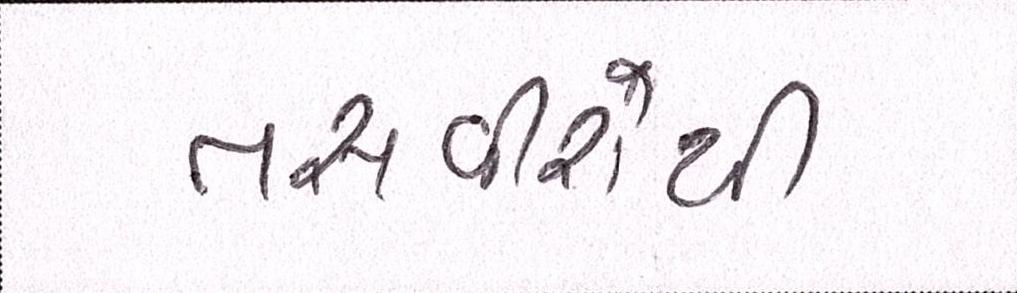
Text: તસવીરોથી